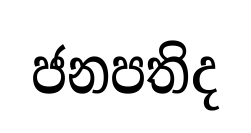
ජනපතිද